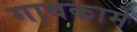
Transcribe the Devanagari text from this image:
गावकामे